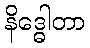
နိဒ္ဓေါတာ